Lunatic asylums Burma 1907-21 - 1907-1921
Year: 1907
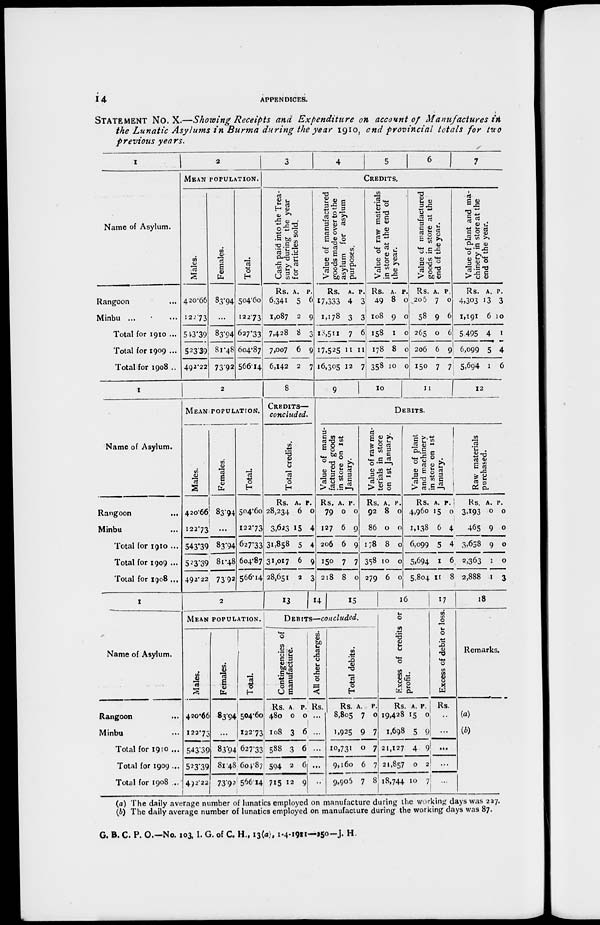
14
APPENDICES.
STATEMENT No. X.—Showing Receipts and Expenditure on account of Manufactures in
the Lunatic Asylums in Burma during the year 1910, and provincial totals for two
previous years.
1
Name of Asylum.
Rangoon ...
Minbu ... ...
Total for 1910 ...
Total for 1909 ...
Total for 1908 ..
2
MEAN POPULATION.
Males.
420.66
122.73
543.39
523.39
492.22
Females.
83.94
...
83.94
81.48
73.92
Total.
504.60
122.73
627.33
604.87
566. 14
3
4
5
6
7
CREDITS.
Cash paid into the Trea-
sury during the year
for articles sold.
Rs.
6,341
1,087
7,428
7,007
6,142
A.
5
2
8
6
2
P.
6
9
3
9
7
Value of manufactured
goods made over to the
asylum for asylum
purposes.
Rs.
17,333
1,178
13,511
17,525
16,305
A.
4
3
7
11
12
P.
3
3
6
11
7
Value of raw materials
in store at the end of
the year.
Rs.
49
108
158
178
358
A.
8
9
1
8
10
P.
0
0
0
0
0
Value of manufactured
goods in store at the
end of the year.
Rs.
205
58
265
206
150
A.
7
9
0
6
7
P.
0
6
6
9
7
Value of plant and ma-
chinery in store at the
end of the year.
Rs.
4,303
1,1910
5,495
6,099
5,694
A.
13
6
4
5
1
P.
3
10
1
4
6
1
Name of Asylum.
Rangoon ...
Minbu ...
Total for 1910 ...
Total for 1909 ...
Total for 1908 ...
2
MEAN POPULATION.
Males.
420.66
122.73
543.39
523.39
492.22
Females.
83.94
...
83.94
81.48
73.92
Total.
504.60
122.73
627.33
604.87
566.14
8
CREDITS—
concluded.
Total credits.
Rs.
28,234
3,623
31,858
31,017
28,651
A.
6
15
5
6
2
P.
0
4
4
9
3
9
10
1 1
12
DEBITS.
Value of manu-
factured goods
in store on 1st
January.
Rs.
79
127
206
150
218
A.
0
6
6
7
8
P.
0
9
9
7
0
Value of raw ma-
terials in store
on 1st January.
Rs.
92
86
178
358
279
A.
8
0
8
10
6
P.
0
0
0
0
0
Value of plant
and machinery
in store on 1st
January.
Rs.
4,960
1,138
6,099
5,694
5.804
A.
15
6
5
1
11
P.
0
4
4
6
8
Raw materials
purchased.
Rs.
3,193
465
3,658
2,363
2,888
A.
0
9
9
1
1
P.
0
0
0
0
3
1
Name of Asylum.
Rangoon ...
Minbu ...
Total for 1910 ...
Total for 1909 ...
Total for 1908 ...
2
MEAN POPULATION.
Males.
420.66
122.73
543.39
523.39
492.22
Females.
83.94
...
83.94
81.48
73.92
Tot al .
504.60
122.73
627.33
604.87
566.14
13
14 15
DEBITS—concluded.
Contingencies of
manufacture.
Rs.
480
108
588
594
715
A.
0
3
3
2
12
P.
0
6
6
6
9
All other charges.
Rs.
...
...
...
...
...
Total debits.
Rs.
8,805
1,925
10,731
9,160
9,905
A.
7
9
0
6
7
P.
0
7
7
7
8
16
Excess of credits or
profit.
Rs.
19,428
1,698
21,127
21,857
18,744
A.
15
5
4
0
10
P.
0
9
9
2
7
17
Excess of debit or loss.
Rs.
...
...
...
...
...
18
Remarks.
(a)
(b)
(a) The daily average number of lunatics employed on manufacture during the working days was 227.
(b) The daily average number of lunatics employed on manufacture during the working days was 87.
G. B. C. P. O.—No. 103, I. G. of C. H., 13(a), 1-4-1911—250—J. H.